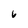
Character: 6